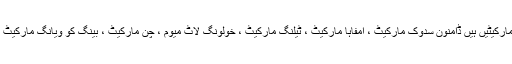
کچھ مشہور فلوٹنگ مارکیٹیں ہیں ڈامنون سدوک مارکیٹ ، امفاہا مارکیٹ ، ٹیلنگ مارکیٹ ، خولونگ لاٹ میوم ، چن مارکیٹ ، بینگ کو ویانگ مارکیٹ اور تھا کھا مارکیٹ۔